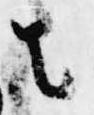
者